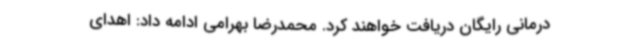
درمانی رایگان دریافت خواهند کرد. محمدرضا بهرامی ادامه داد: اهدای